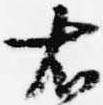
右